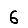
Digit: 6